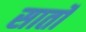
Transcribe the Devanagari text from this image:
सार्तों